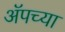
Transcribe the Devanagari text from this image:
ॲपच्या